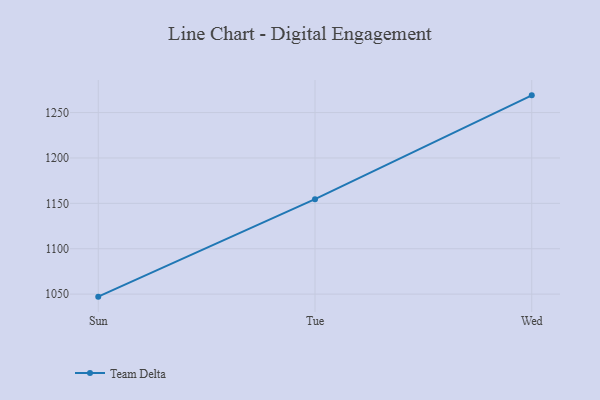
{"axis": {"x": "Day", "y": "Churn Rate (%)"}, "legend": ["Team Delta"], "data": [{"x": "Sun", "y": 1047.2, "type": "Team Delta"}, {"x": "Tue", "y": 1154.6, "type": "Team Delta"}, {"x": "Wed", "y": 1269.0, "type": "Team Delta"}]}